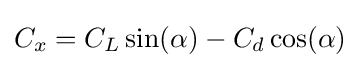
C_{x}=C_{L}\sin(\alpha )-C_{d}\cos(\alpha )